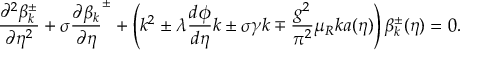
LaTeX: \frac { \partial ^ { 2 } \beta _ { k } ^ { \pm } } { \partial { \eta } ^ { 2 } } + \sigma { \frac { \partial \beta _ { k } } { \partial \eta } } ^ { \pm } + \left( k ^ { 2 } \pm \lambda \frac { d \phi } { d \eta } k \pm \sigma \gamma k \mp \frac { g ^ { 2 } } { \pi ^ { 2 } } \mu _ { R } k a ( \eta ) \right) \beta _ { k } ^ { \pm } ( \eta ) = 0 .